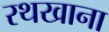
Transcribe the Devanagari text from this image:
रथखाना